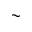
\sim